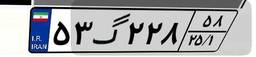
۵۳گ۲۲۸۵۸